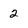
Character: 2